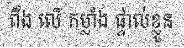
ពឹង លើ កម្លាំង ផ្ទាល់ខ្លួន